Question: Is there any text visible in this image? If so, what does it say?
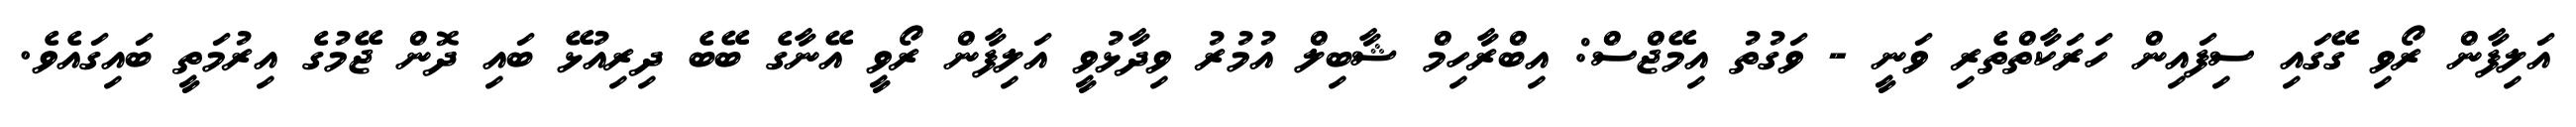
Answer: އަލިފާން ރޯވި ގޭގައި ސިފައިން ހަރަކާތްތެރި ވަނީ - ވަގުތު އިމޭޖްސް: އިބްރާހިމް ޝާބިލް އުމުރު ވިދާޅުވީ އަލިފާން ރޯވީ އޭނާގެ ބޭބެ ދިރިއުޅޭ ބައި ދޮން ޖޭމުގެ އިރުމަތީ ބައިގައެވެ.